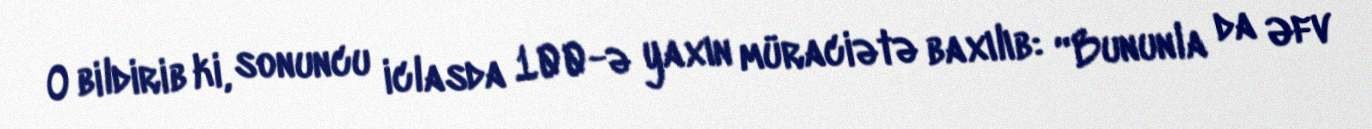
O bildirib ki, sonuncu iclasda 100-ə yaxın müraciətə baxılıb: “Bununla da Əfv